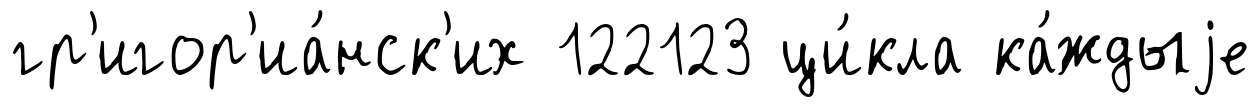
гр'игор'иа́нск'их 122123 ци́кла ка́ждыjе